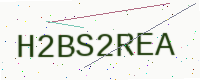
Text: H2BS2REA